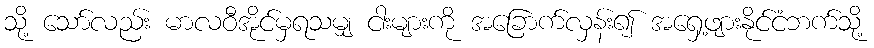
သို့ သော်လည်း မာလဝီအိုင်မှရသမျှ ငါးများကို အခြောက်လှန်း၍ အရှေ့ဖျားနိုင်ငံဘက်သို့